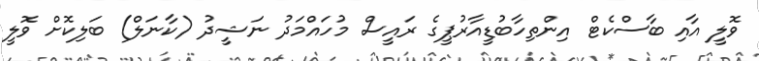
ވޮލީ އާއި ބާސްކެޓް އިންތިހާބުޑީއާރުޕީގެ ރައީސް މުހައްމަދު ނަޝީދު (ކާނަލް) ބަލިކޮށް ވޮލީ